Reports on dispensaries and lunatic asylums in the Province of Oudh - 1869-1876
Year: 1869
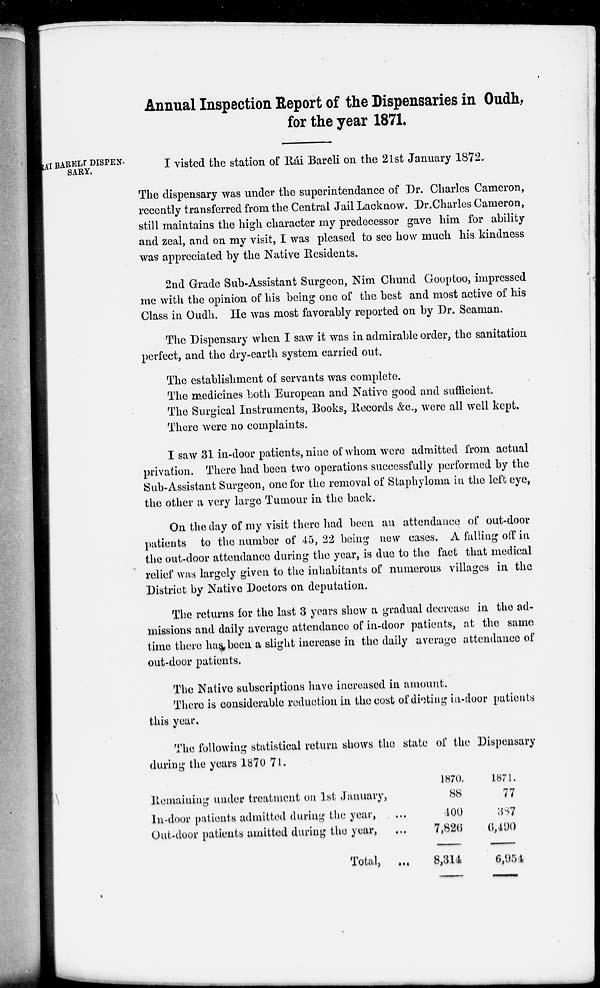
Annual Inspection Report of the Dispensaries in Oudh,
for the year 1871.
RÁI BARELI DISPEN-
SARY.
I visted the station of Rái Bareli on the 21st January 1872.
The dispensary was under the superintendance of Dr. Charles Cameron,
recently transferred from the Central Jail Lacknow. Dr.Charles Cameron,
still maintains the high character my predecessor gave him for ability
and zeal, and on my visit, I was pleased to see how much his kindness
was appreciated by the Native Residents.
2nd Grade Sub-Assistant Surgeon, Nim Chund Gooptoo, impressed
me with the opinion of his being one of the best and most active of his
Class in Oudh. He was most favorably reported on by Dr. Seaman.
The Dispensary when I saw it was in admirable order, the sanitation
perfect, and the dry-earth system carried out.
The establishment of servants was complete.
The medicines both European and Native good and sufficient.
The Surgical Instruments, Books, Records &c., were all well kept.
There were no complaints.
I saw 31 in-door patients, nine of whom were admitted from actual
privation. There had been two operations successfully performed by the
Sub-Assistant Surgeon, one for the removal of Staphyloma in the left eye,
the other a very large Tumour in the back.
On the day of my visit there had been an attendance of out-door
patients to the number of 45, 22 being new cases. A falling off in
the out-door attendance during the year, is due to the fact that medical
relief was largely given to the inhabitants of numerous villages in the
District by Native Doctors on deputation.
The returns for the last 3 years shew a gradual decrease in the ad-
missions and daily average attendance of in-door patients, at the same
time there has been a slight increase in the daily average attendance of
out-door patients.
The Native subscriptions have increased in amount.
There is considerable reduction in the cost of dieting in-door patients
this year.
The following statistical return shows the state of the Dispensary
during the years 1870-71.
Remaining under treatment on 1st January,
In-door patients admitted during the year, ...
Out-door patients amitted during the year, ...
Total,
...
1870.
88
400
7,826
8,314
1871.
77
387
6,490
6,954